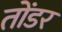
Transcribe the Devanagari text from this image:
तोंडर